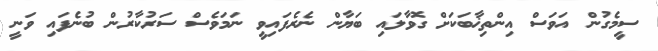
ސީމެގުން އަވަސް އިންތިޚާބަކަށް ގޮވާލައި ބަޔާން ނެރެފައިވީ ނަމަވެސް ސަރުކާރުން ބުނެފައި ވަނީ